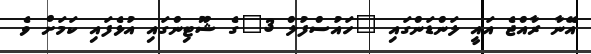
އޭނާ ރާއްޖެ އައީ ލަންޑަންގައި "ހައުސްފުލް 3"ގެ ޝޫޓިންގައި އުޅެފައި ކަމަށް ވެ